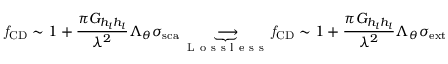
\mathit { f } _ { \mathrm { { C D } } } \sim 1 + \frac { \pi G _ { h _ { l } h _ { l } } } { \lambda ^ { 2 } } \Lambda _ { \theta } { \sigma } _ { \mathrm { { s c a } } } \underbrace { \longrightarrow } _ { \mathrm { ~ L ~ o ~ s ~ s ~ l ~ e ~ s ~ s ~ } } \mathit { f } _ { \mathrm { { C D } } } \sim 1 + \frac { \pi G _ { h _ { l } h _ { l } } } { \lambda ^ { 2 } } \Lambda _ { \theta } { \sigma } _ { \mathrm { { e x t } } }